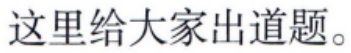
这里给大家出道题。